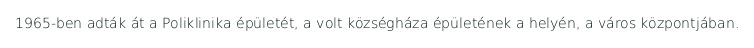
1965-ben adták át a Poliklinika épületét, a volt községháza épületének a helyén, a város központjában.